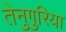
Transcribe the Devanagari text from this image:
तेनुगुरिया